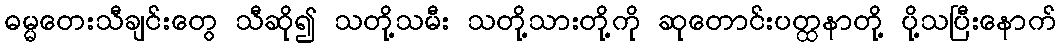
ဓမ္မတေးသီချင်းတွေ သီဆို၍ သတို့သမီး သတို့သားတို့ကို ဆုတောင်းပတ္ထနာတို့ ပို့သပြီးနောက်